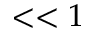
< < 1